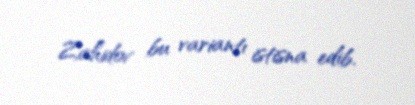
Zahidov bu variantı istisna edib.